Indian journal of veterinary science and animal husbandry - Volume 5,
Year: 1935
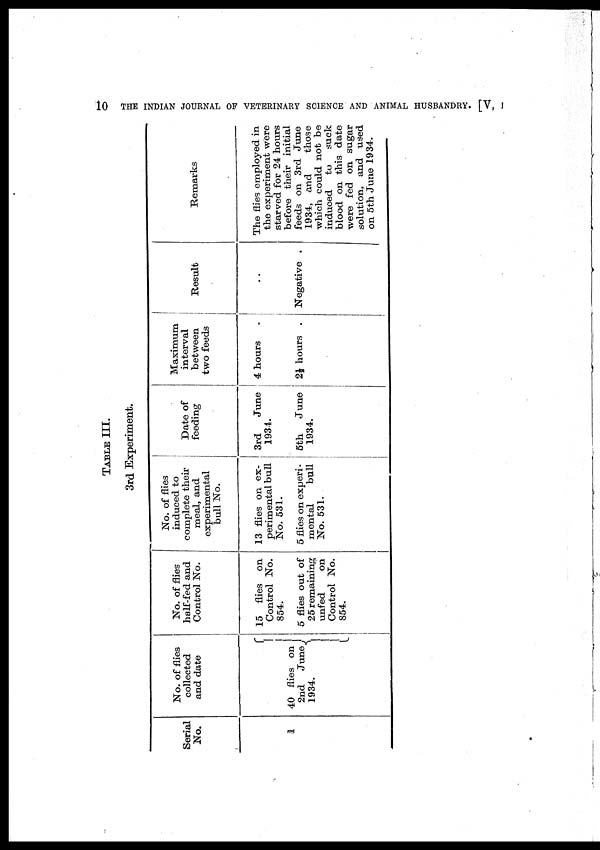
10
THE INDIAN JOURNAL OF VETERINARY SCIENCE AND ANIMAL HUSBANDRY. [V, I
TABLE III.
3rd Experiment.
Serial
No.
1
No. of flies
collected
and date
40 flies on
2nd June {
1934.
No. of flies
half-fed and
Control No.
15 flies on
Control No.
854.
5 flies out of
25 remaining
unfed
on
Control No.
854.
No. of flies
induced to
complete their
meal, and
experimental
bull No.
13 flies on ex-
perimental bull
No. 531.
5 flies on experi-
mental
bull
No. 531.
Date of
feeding
3rd
June
1934.
5th
June
1934.
Maximum
interval
between
two feeds
4 hours .
2½ hours .
Result
. .
Negative .
Remarks
The flies employed in
the experiment were
starved for 24 hours
before their initial
feeds on 3rd June
1934, and
those
which could not be
induced to suck
blood on this date
were fed on sugar
solution, and used
on 5th June 1934.